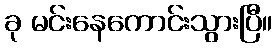
ခု မင်းနေကောင်းသွားပြီ။